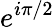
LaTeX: e^{i\pi/2}